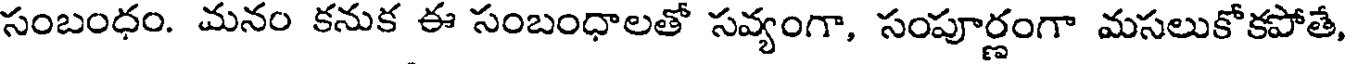
సంబంధం. మనం కనుక ఈ సంబంధాలతో సవ్యంగా, సంపూర్ణంగా మసలుకోకపోతే,